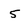
Character: 5